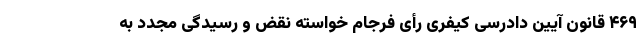
۴۶۹ قانون آیین دادرسی کیفری رأی فرجام خواسته نقض و رسیدگی مجدد به